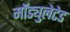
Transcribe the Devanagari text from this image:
मॉड्युलेटेड